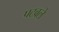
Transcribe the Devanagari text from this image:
पटवले